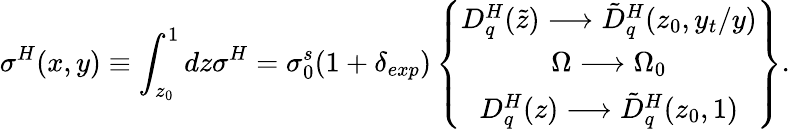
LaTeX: \sigma^{H}(x,y)\equiv\int_{z_{0}}^{1}dz\sigma^{H}=\sigma_{0}^{s}(1+\delta_{exp})\left\{ \begin{array}{c}{{D_{q}^{H}(\tilde{z})\longrightarrow\tilde{D}_{q}^{H}(z_{0},y_{t}/y)}}\\ {{\Omega\longrightarrow\Omega_{0}}}\\ {{D_{q}^{H}(z)\longrightarrow\tilde{D}_{q}^{H}(z_{0},1)}}\end{array}\right\} .